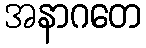
အနာဂတေ